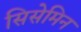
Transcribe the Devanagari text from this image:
सिसेमिन